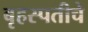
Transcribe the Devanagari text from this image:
बृहस्पतीचे